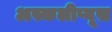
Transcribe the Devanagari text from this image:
अस्कलीप्यूस